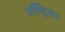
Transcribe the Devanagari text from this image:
ऑष्ट्रियन